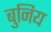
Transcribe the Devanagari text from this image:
बुनिय